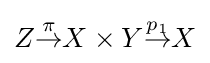
Z{\overset {\pi }{\to }}X\times Y{\overset {p_{1}}{\to }}X